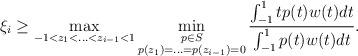
LaTeX: \begin{align*} \xi_i\ge \max_{-1<z_1<\ldots<z_{i-1}<1}\min_{\substack{p\in S\\p(z_1)=\ldots=p(z_{i-1})=0}}\frac{\int_{-1}^1tp(t)w(t)dt}{\int_{-1}^1p(t)w(t)dt}.\end{align*}